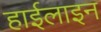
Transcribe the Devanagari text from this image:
हाईलाइन